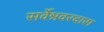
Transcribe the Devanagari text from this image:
सर्वेश्रवरदास